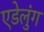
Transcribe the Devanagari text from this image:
एडेलुंग